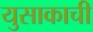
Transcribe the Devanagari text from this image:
युसाकाची